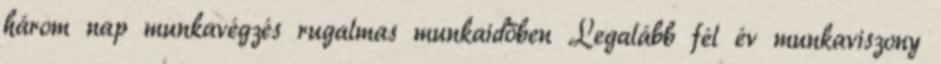
három nap munkavégzés rugalmas munkaidőben Legalább fél év munkaviszony